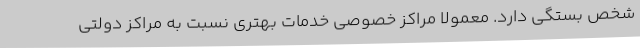
شخص بستگی دارد. معمولا مراکز خصوصی خدمات بهتری نسبت به مراکز دولتی